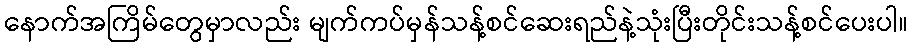
နောက်အကြိမ်တွေမှာလည်း မျက်ကပ်မှန်သန့်စင်ဆေးရည်နဲ့သုံးပြီးတိုင်းသန့်စင်ပေးပါ။